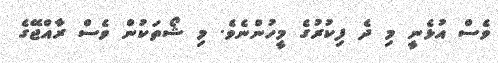
ވެސް އުޅެނީ މި ދެ ފިކުރުގެ މީހުންނެވެ. މި ޝޯތަކުން ވެސް ރާއްޖޭގެ